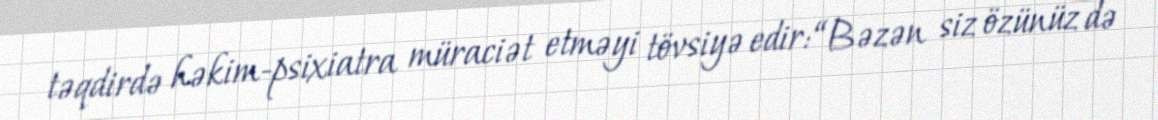
təqdirdə həkim-psixiatra müraciət etməyi tövsiyə edir: “Bəzən siz özünüz də